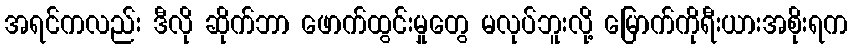
အရင်ကလည်း ဒီလို ဆိုက်ဘာ ဖောက်ထွင်းမှုတွေ မလုပ်ဘူးလို့ မြောက်ကိုရီးယားအစိုးရက